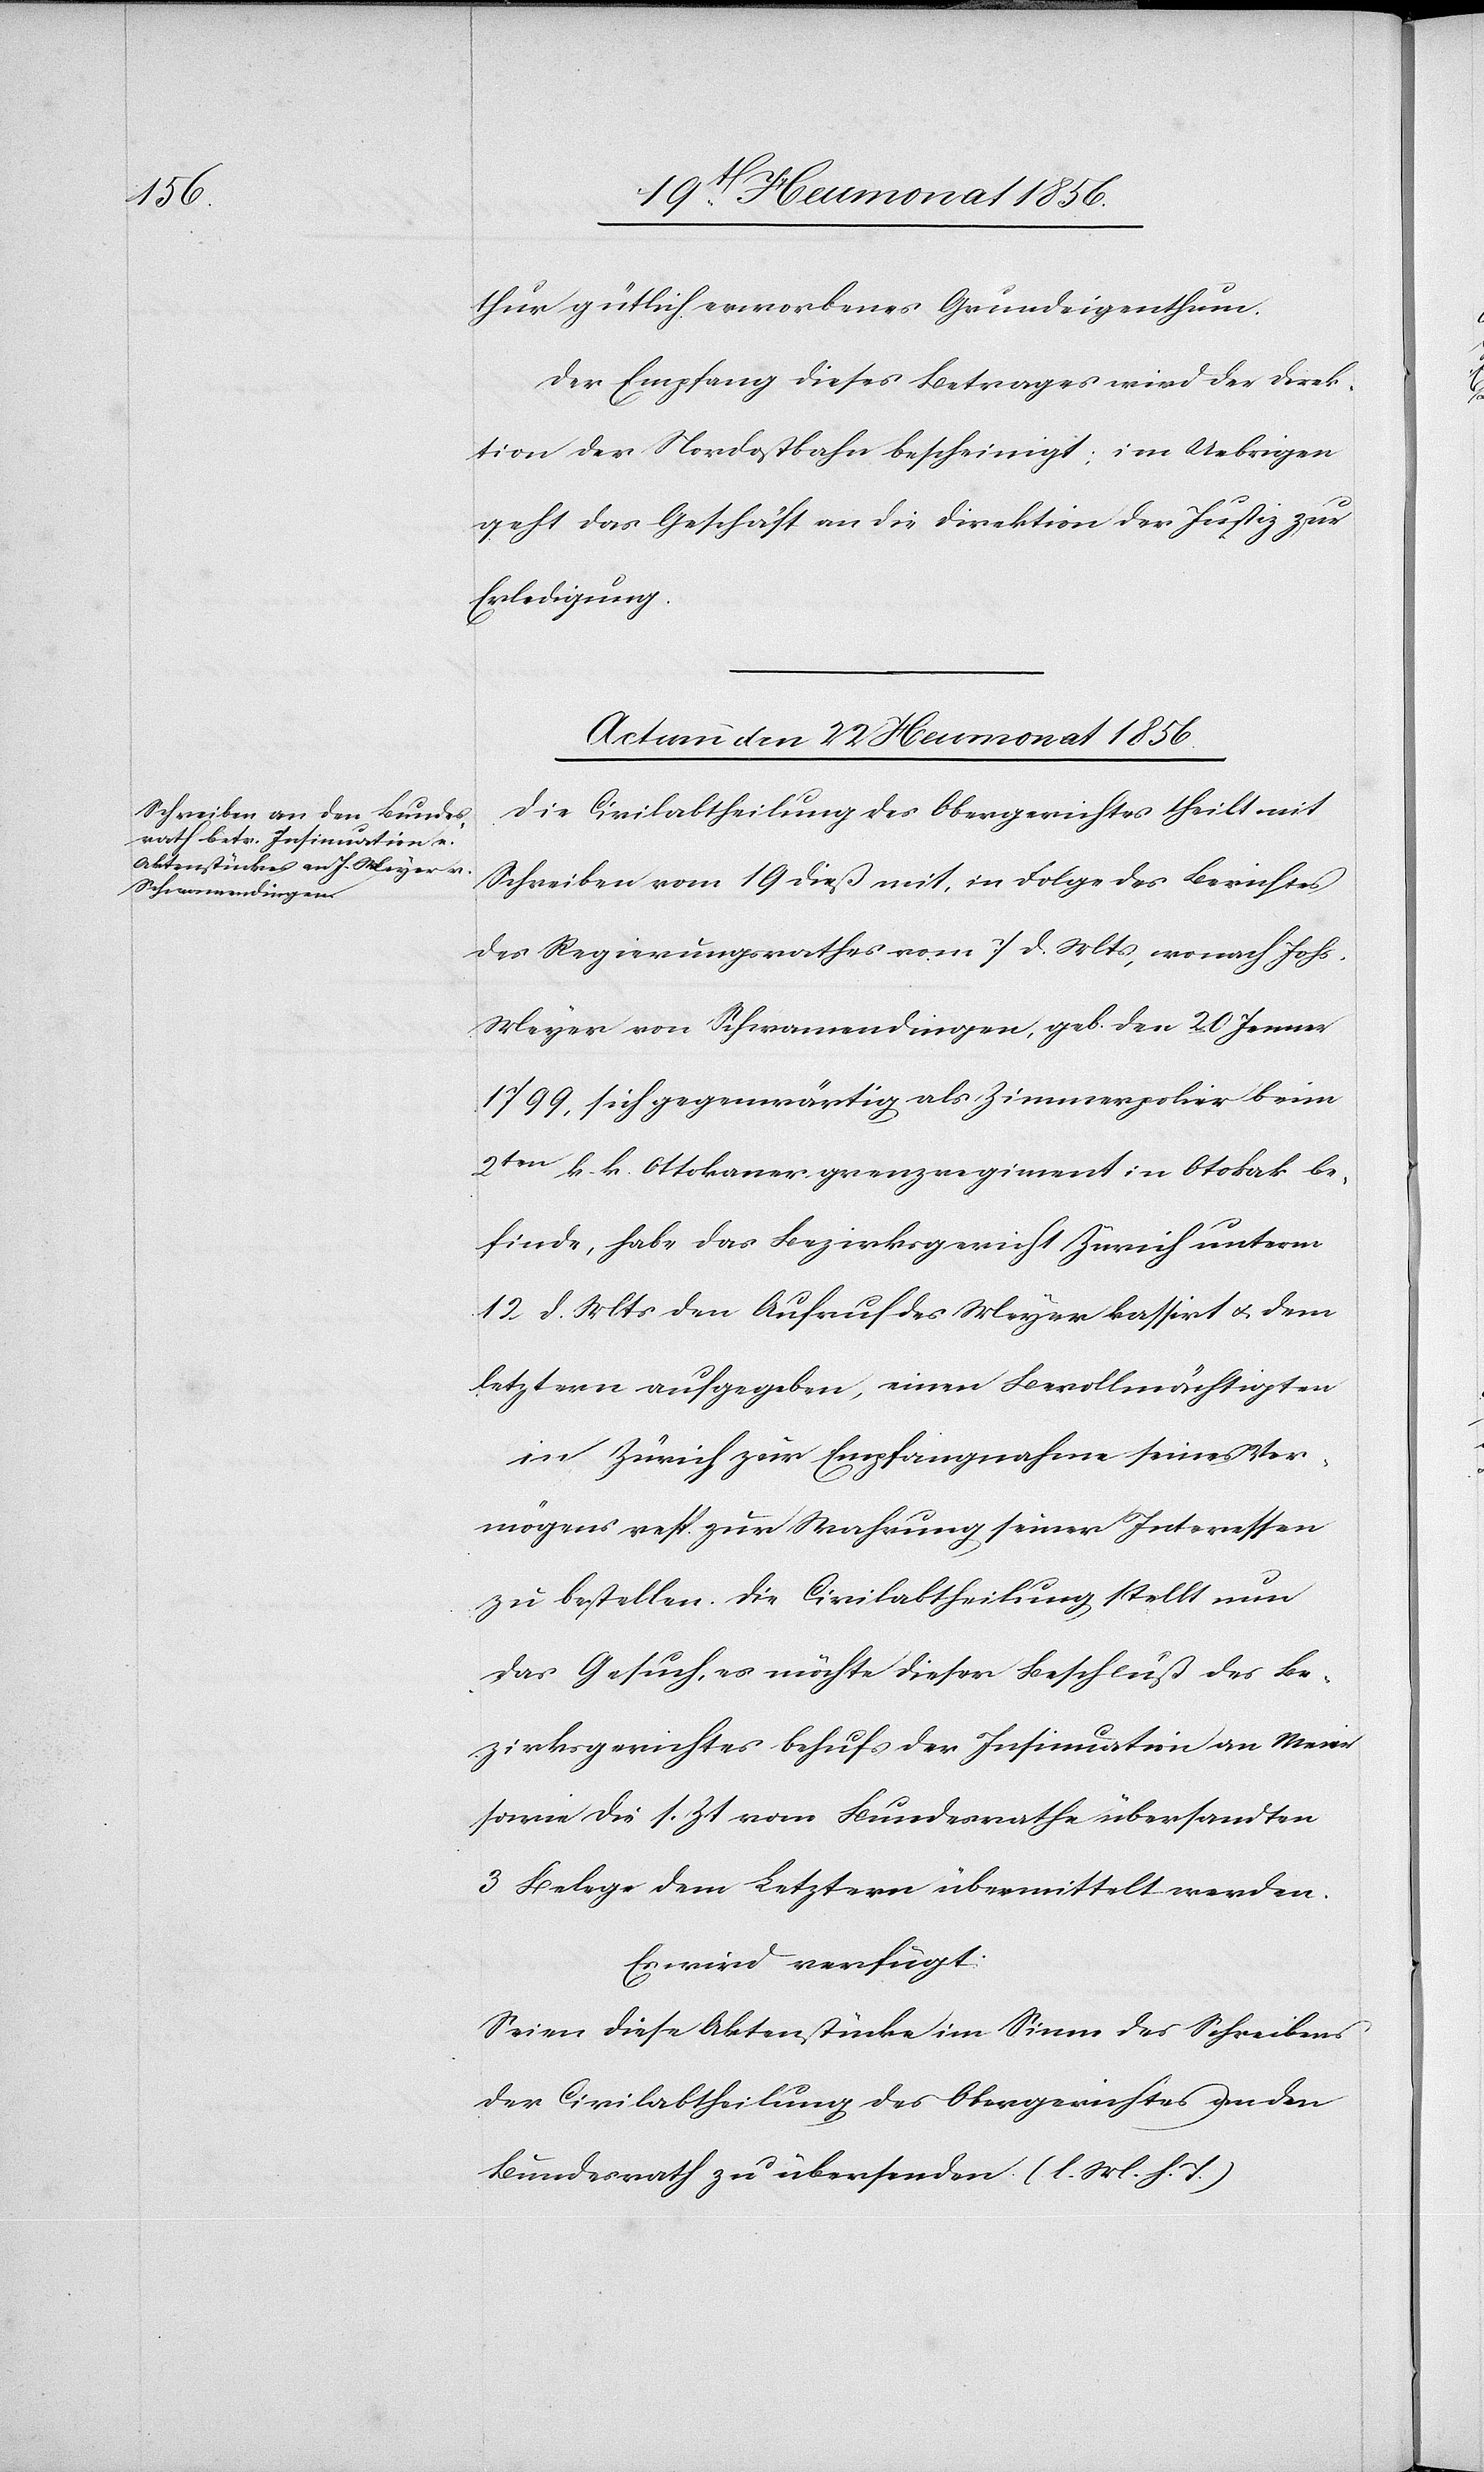
thur gütlich erworbenes Grundeigenthum.
Der Empfang dieses Betrages wird der Direk¬
tion der Nordostbahn bescheinigt; im Uebrigen
geht das Geschäft an die Direktion der Justiz zur
Erledigung.
Actum den 22 Heumonat 1856.
Die Civilabtheilung des Obergerichtes theilt mit
Schreiben vom 19 dieß mit, in Folge des Berichtes
des Regierungsrathes vom 7 d. Mts, wonach Johs.
Meyer von Schwamendingen, geb. den 20 Jenner
1799, sich gegenwärtig als Zimmerpolier beim
2ten k. k. Ottokanergrenzregiment in Otokak be¬
finde, habe das Bezirksgericht Zürich unterm
12 d. Mts den Aufruf des Meyer kassirt u. dem
letztern aufgegeben, einen Bevollmächtigten
in Zürich zur Empfangnahme seines Ver¬
mögens resp. zur Wahrung seiner Interessen
zu bestellen. Die Civilabtheilung stellt nun
das Gesuch, es möchte diesen Beschluß des Be¬
zirksgerichtes behufs der Insinuation an Meier
sowie die s. Zt vom Bundesrathe übersandten
3 Belege dem Letztern übermittelt werden.
Es wird verfügt:
Seien diese Aktenstücke im Sinne des Schreibens
der Civilabtheilung des Obergerichtes an den
Bundesrath zu übersenden. (l. M. h. T.)